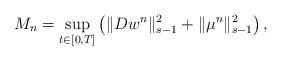
LaTeX: \begin{align*}M_{n}=\sup_{t\in[0,T]}\left(\|Dw^{n}\|_{s-1}^{2}+\|\mu^{n}\|_{s-1}^{2}\right),\end{align*}